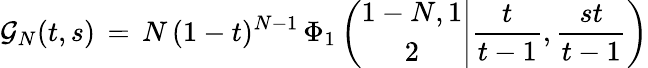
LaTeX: \begin{array}{l}{\displaystyle\mathcal{G}_{N}(t,s)\, =\, N\, (1-t)^{N-1}\, \Phi_{1}\left(\left.\begin{array}{c}{1-N,1}\\ {2}\end{array}\right|\frac t{t-1},\frac{st}{t-1}\right)}\end{array}